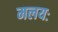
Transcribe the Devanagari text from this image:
मलयः